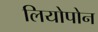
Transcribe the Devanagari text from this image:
लियोपोन